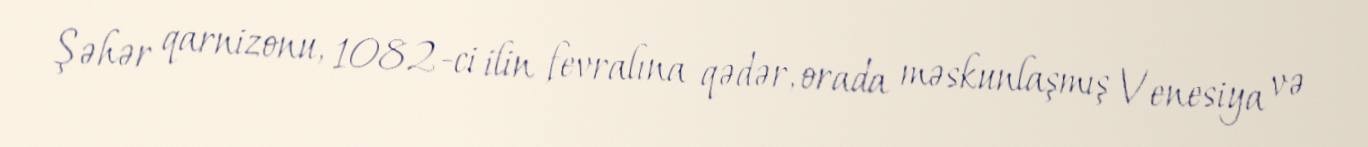
Şəhər qarnizonu, 1082-ci ilin fevralına qədər, orada məskunlaşmış Venesiya və